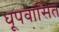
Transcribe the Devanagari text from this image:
धूपवासित